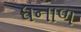
ધનાળ